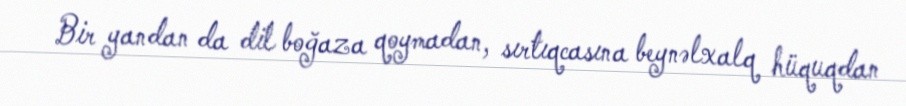
Bir yandan da dil boğaza qoymadan, sırtıqcasına beynəlxalq hüquqdan